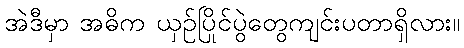
အဲဒီမှာ အဓိက ယှဉ်ပြိုင်ပွဲတွေကျင်းပတာရှိလား။